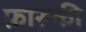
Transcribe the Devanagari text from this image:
फ़ारूकी